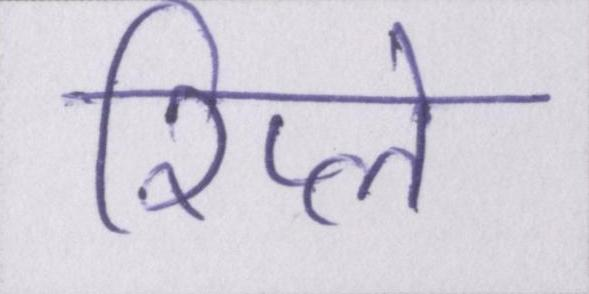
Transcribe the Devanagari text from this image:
रिप्ले